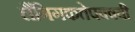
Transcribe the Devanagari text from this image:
लैंगिगकतेपवषयी